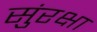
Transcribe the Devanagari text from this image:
सुंरक्षा